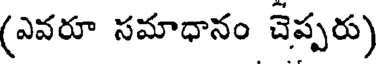
(ఎవరూ సమాధానం చెప్పరు)